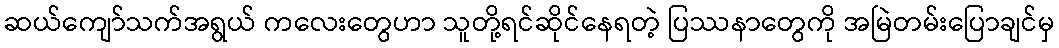
ဆယ်ကျော်သက်အရွယ် ကလေးတွေဟာ သူတို့ရင်ဆိုင်နေရတဲ့ ပြဿနာတွေကို အမြဲတမ်းပြောချင်မှ